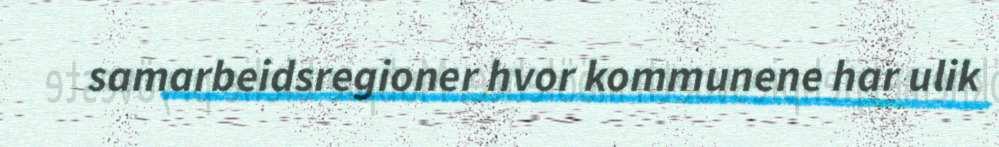
samarbeidsregioner hvor kommunene har ulik